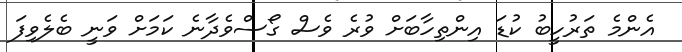
އެންމެ ތަރުހީބު ކުޑަ އިންތިހާބަށް ވުރެ ވެސް ގޯސްވެދާނެ ކަމަށް ވަނީ ބެލެވިފަ